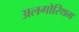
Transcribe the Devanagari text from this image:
अलगोरिथम